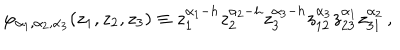
\varphi _ { \alpha _ { 1 } , \alpha _ { 2 } , \alpha _ { 3 } } ( z _ { 1 } , z _ { 2 } , z _ { 3 } ) \equiv z _ { 1 } ^ { \alpha _ { 1 } - h } z _ { 2 } ^ { \alpha _ { 2 } - h } z _ { 3 } ^ { \alpha _ { 3 } - h } z _ { 1 2 } ^ { \alpha _ { 3 } } z _ { 2 3 } ^ { \alpha _ { 1 } } z _ { 3 1 } ^ { \alpha _ { 2 } } \, ,